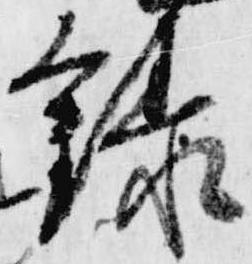
録